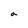
Character: a